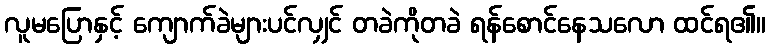
လူမပြောနှင့် ကျောက်ခဲများပင်လျှင် တခဲကိုတခဲ ရန်စောင်နေသလော ထင်ရ၏။